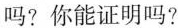
吗？你能证明吗？